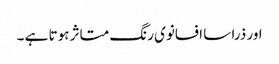
اور ذرا سا افسانوی رنگ متاثر ہوتا ہے ۔